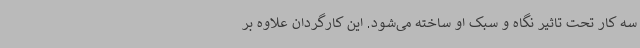
سه کار تحت تاثیر نگاه و سبک او ساخته می‌شود. این کارگردان علاوه بر